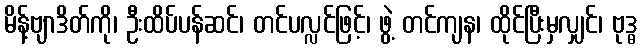
မိန့်ဗျာဒိတ်ကို၊ ဦးထိပ်ပန်ဆင်၊ တင်ပလ္လင်ဖြင့်၊ ဖွဲ့ တင်ကျန၊ ထိုင်ပြီးမှလျှင်၊ ဗုဒ္ဓ